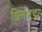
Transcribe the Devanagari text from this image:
ब्लिटझ